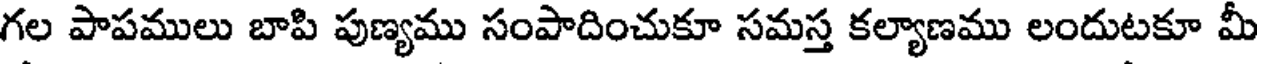
గల పాపములు బాపి పుణ్యము సంపాదించుకూ సమస్త కల్యాణము లందుటకూ మీ